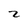
Character: z